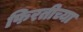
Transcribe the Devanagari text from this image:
फिरतीच्या